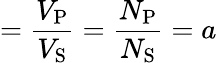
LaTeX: ={\frac{V_{\mathrm{P}}}{V_{\mathrm{S}}}}={\frac{N_{\mathrm{P}}}{N_{\mathrm{S}}}}=a